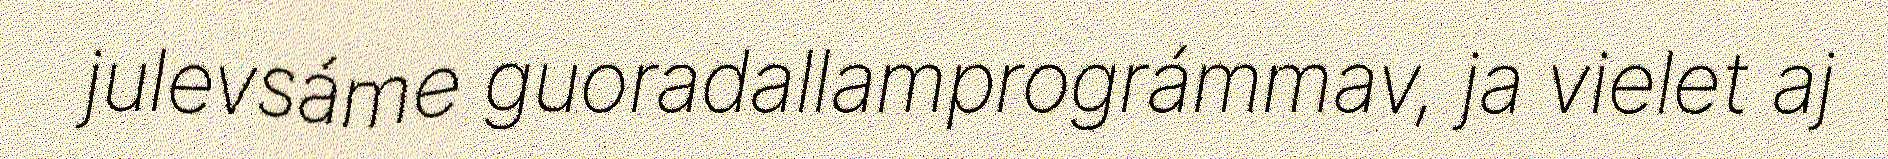
julevsáme guoradallamprográmmav, ja vielet aj